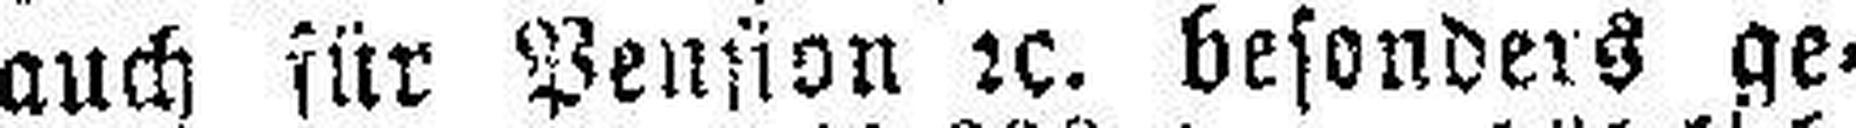
auch für Pension 2c besonders ge¬